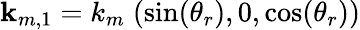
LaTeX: {\mathbf k_{m,1}}=k_{m}\; (\sin(\theta_{r}),0,\cos(\theta_{r}))